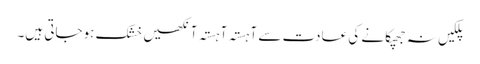
پلکیں نہ جھپکانے کی عادت سے آہستہ آہستہ آنکھیں خشک ہوجاتی ہیں۔